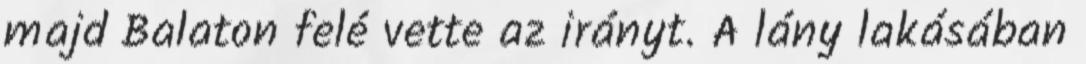
majd Balaton felé vette az irányt. A lány lakásában